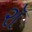
રૉ